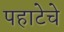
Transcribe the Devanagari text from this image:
पहाटेचे